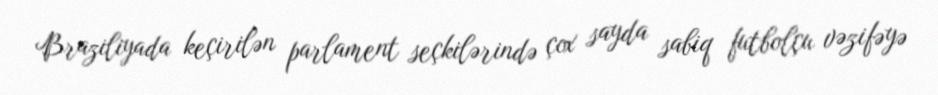
Braziliyada keçirilən parlament seçkilərində çox sayda sabiq futbolçu vəzifəyə